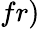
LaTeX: fr)